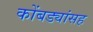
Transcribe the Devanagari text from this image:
कोंबड्यांसह